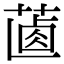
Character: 𦵵